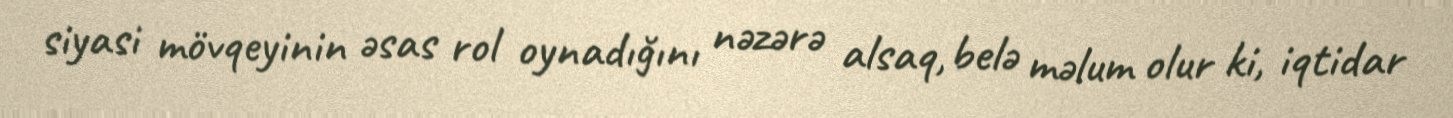
siyasi mövqeyinin əsas rol oynadığını nəzərə alsaq, belə məlum olur ki, iqtidar